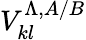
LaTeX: V_{kl}^{\Lambda,A/B}